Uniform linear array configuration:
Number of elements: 24
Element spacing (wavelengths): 0.25
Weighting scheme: hann
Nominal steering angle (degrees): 45
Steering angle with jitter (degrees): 44.949
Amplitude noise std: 0.05
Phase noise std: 0.05

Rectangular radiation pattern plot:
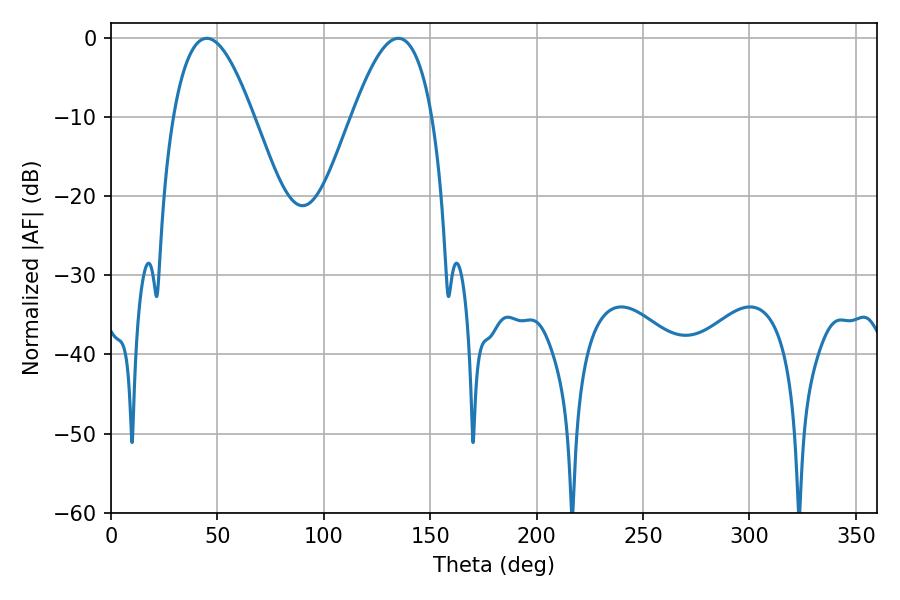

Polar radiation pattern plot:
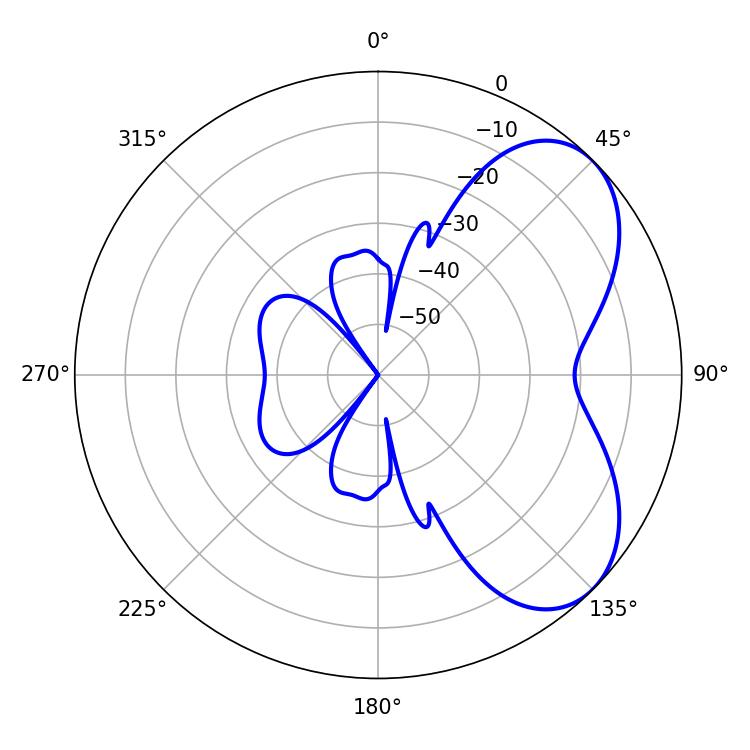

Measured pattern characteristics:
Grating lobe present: FALSE
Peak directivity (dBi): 5.495
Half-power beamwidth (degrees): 20.52
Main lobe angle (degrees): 45